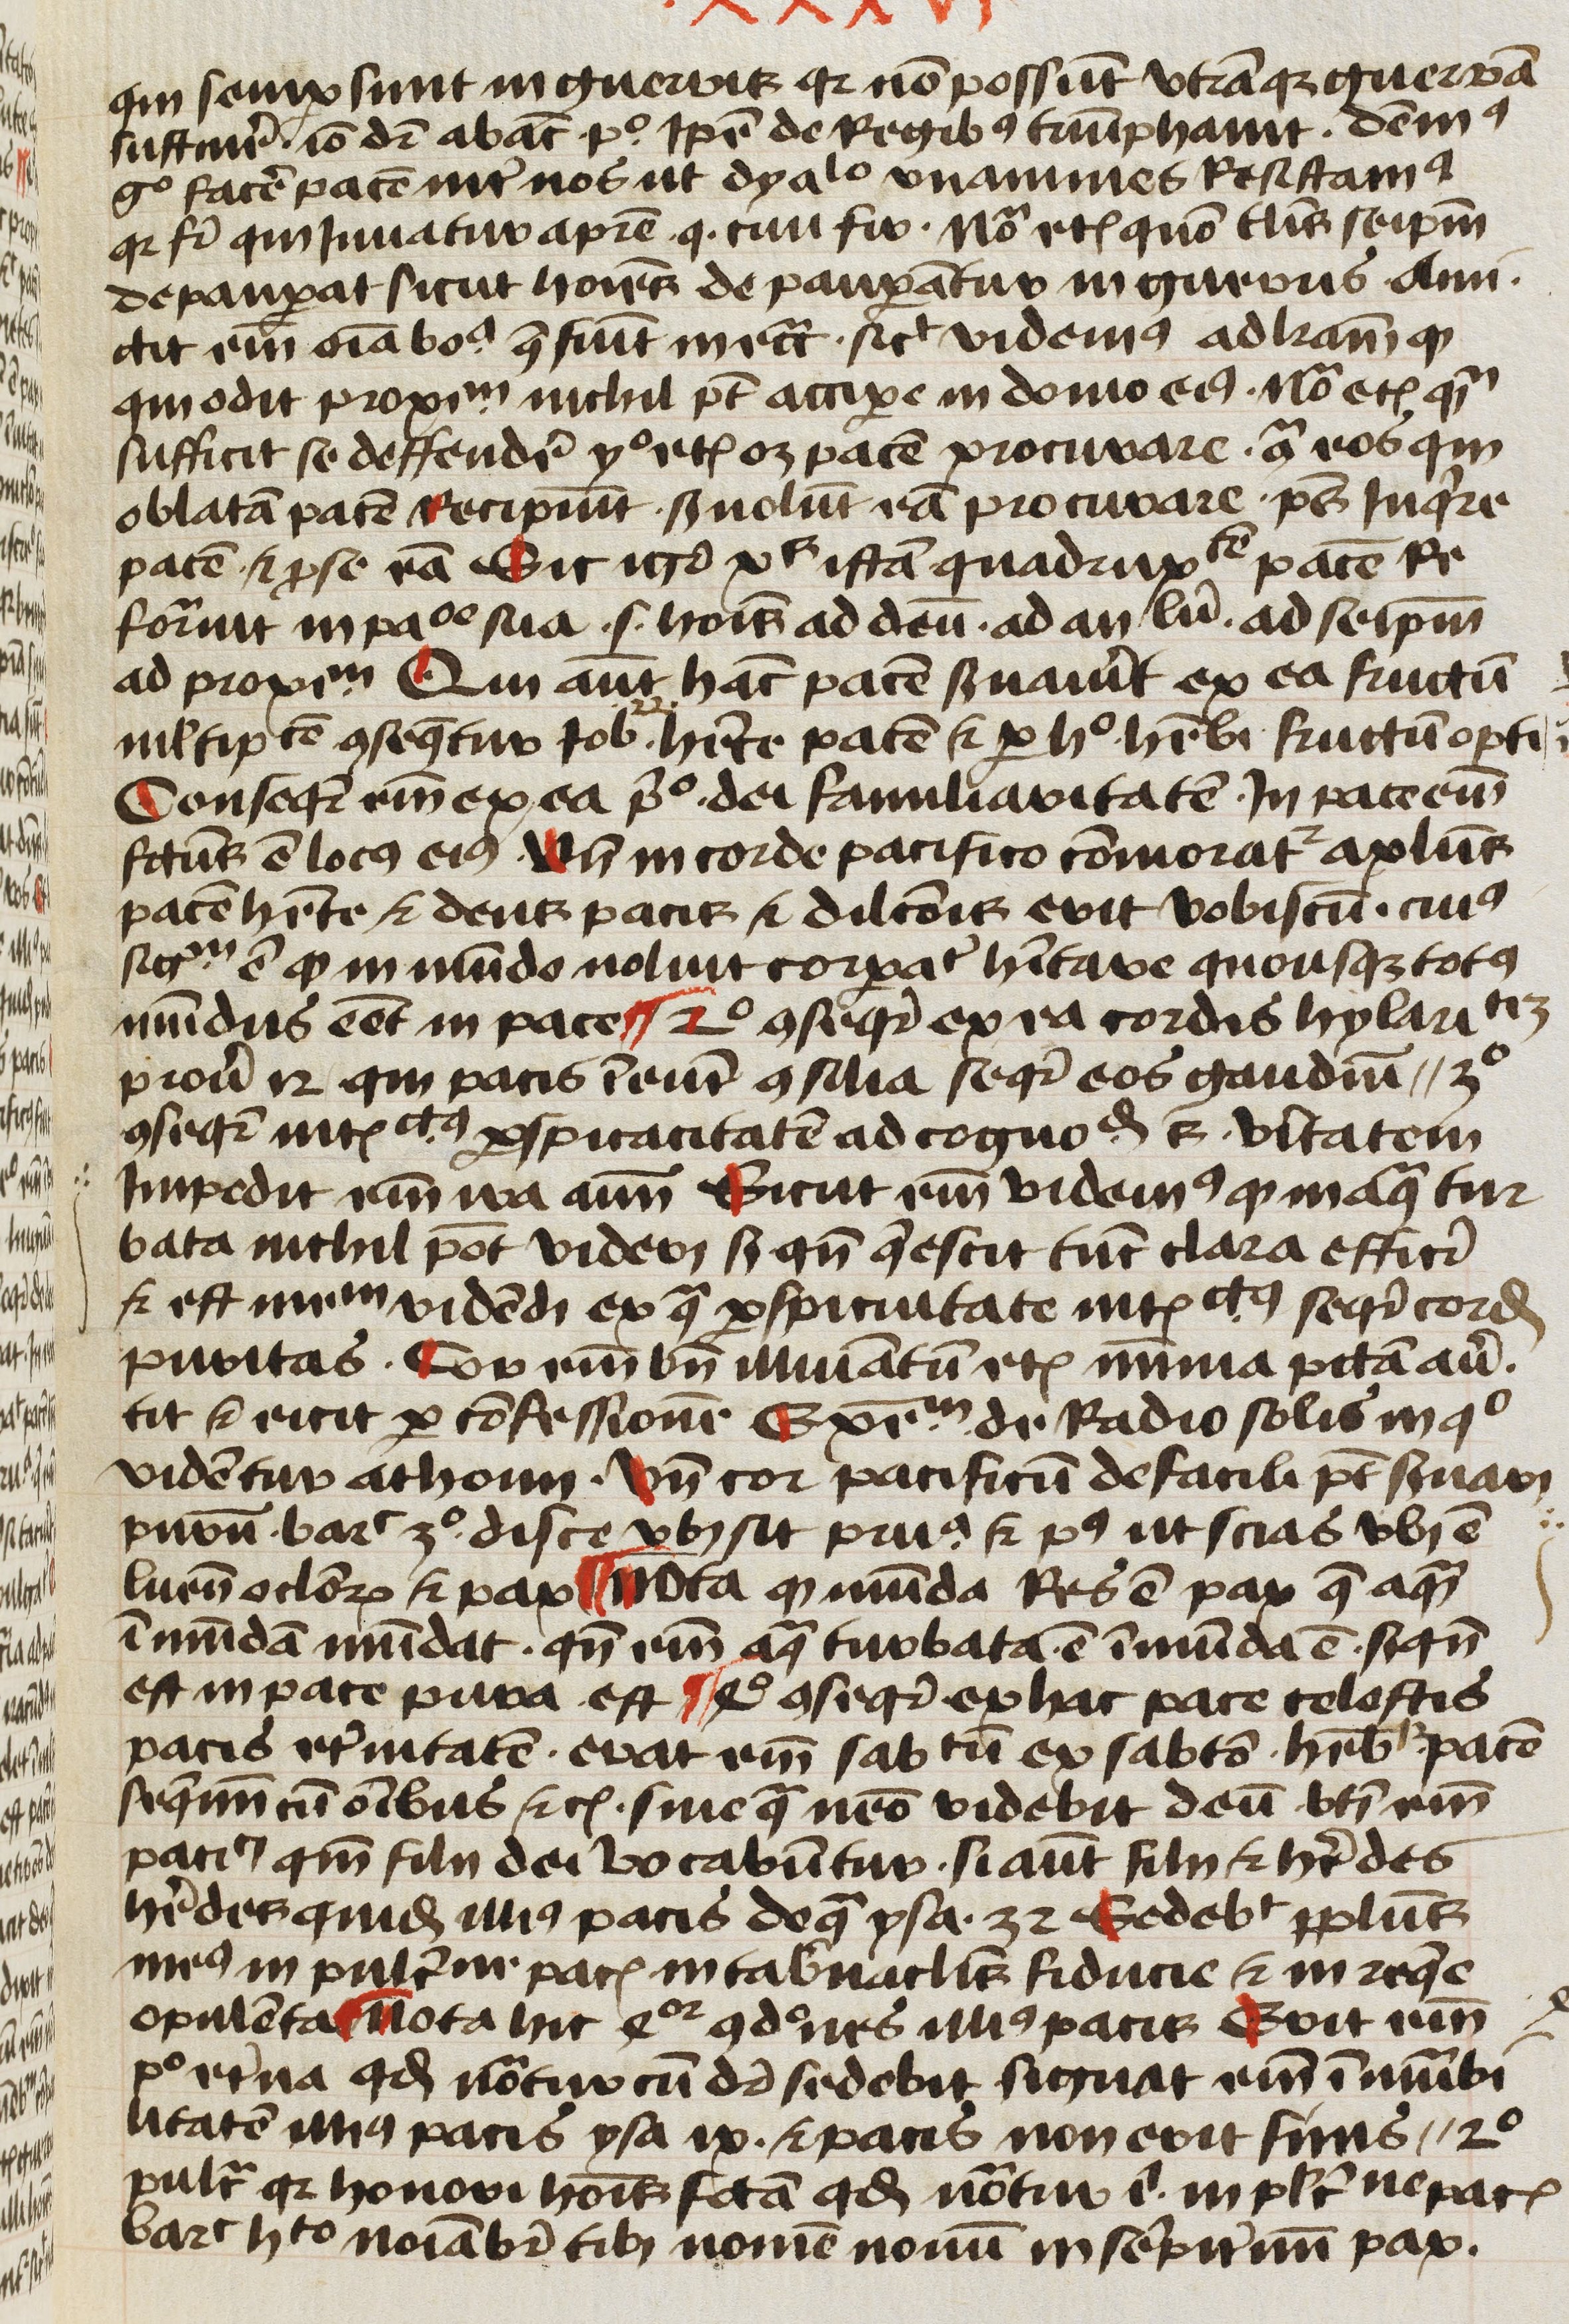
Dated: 1450–1499